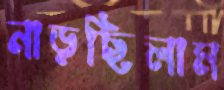
নাড়ছিলাম